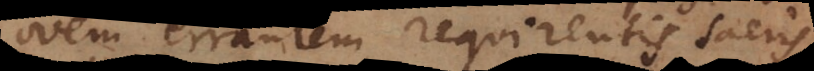
ovem errantem requirentis sacris